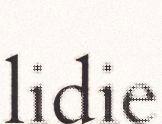
lidie